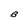
Character: B